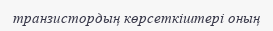
транзистордың көрсеткіштері оның